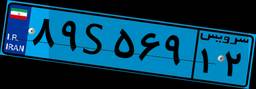
۸۹S۵۶۹۱۲